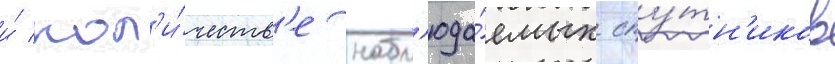
и́ кол'и́честв'е набл'юда́емых спу́тн'иков